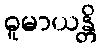
ဓူမာယန္တိ